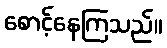
စောင့်နေကြသည်။